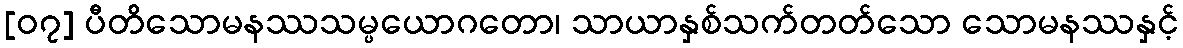
[၀၇] ပီတိသောမနဿသမ္ပယောဂတော၊ သာယာနှစ်သက်တတ်သော သောမနဿနှင့်